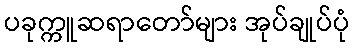
ပခုက္ကူဆရာတော်များ အုပ်ချုပ်ပုံ